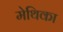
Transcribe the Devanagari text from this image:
मेथिका